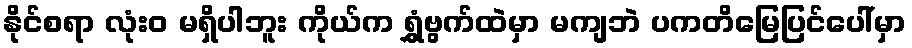
နိုင်စရာ လုံးဝ မရှိပါဘူး ကိုယ်က ရွှံဗွက်ထဲမှာ မကျဘဲ ပကတိမြေပြင်ပေါ်မှာ